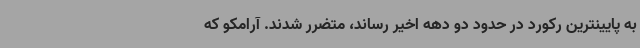
به پایینترین رکورد در حدود دو دهه اخیر رساند، متضرر شدند. آرامکو که